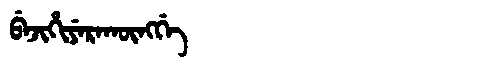
Manchu: ᠪᡝᠵᡳᡥᡳᠶᡝᡵᠠᡴᡡᠩᡤᡝ
Romanization: BEJIHIYERAKŪNGGE